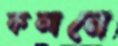
কলনে